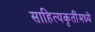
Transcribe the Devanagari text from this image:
साहित्यकृतींमध्ये